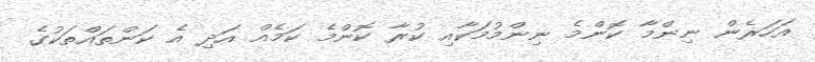
އަހަރެން ނިންމާ ކޮންމެ ނިންމުމަކާއި ކުރާ ކޮންމެ ކަމެއް އަދި އެ ކަންތައްތަކުގެ